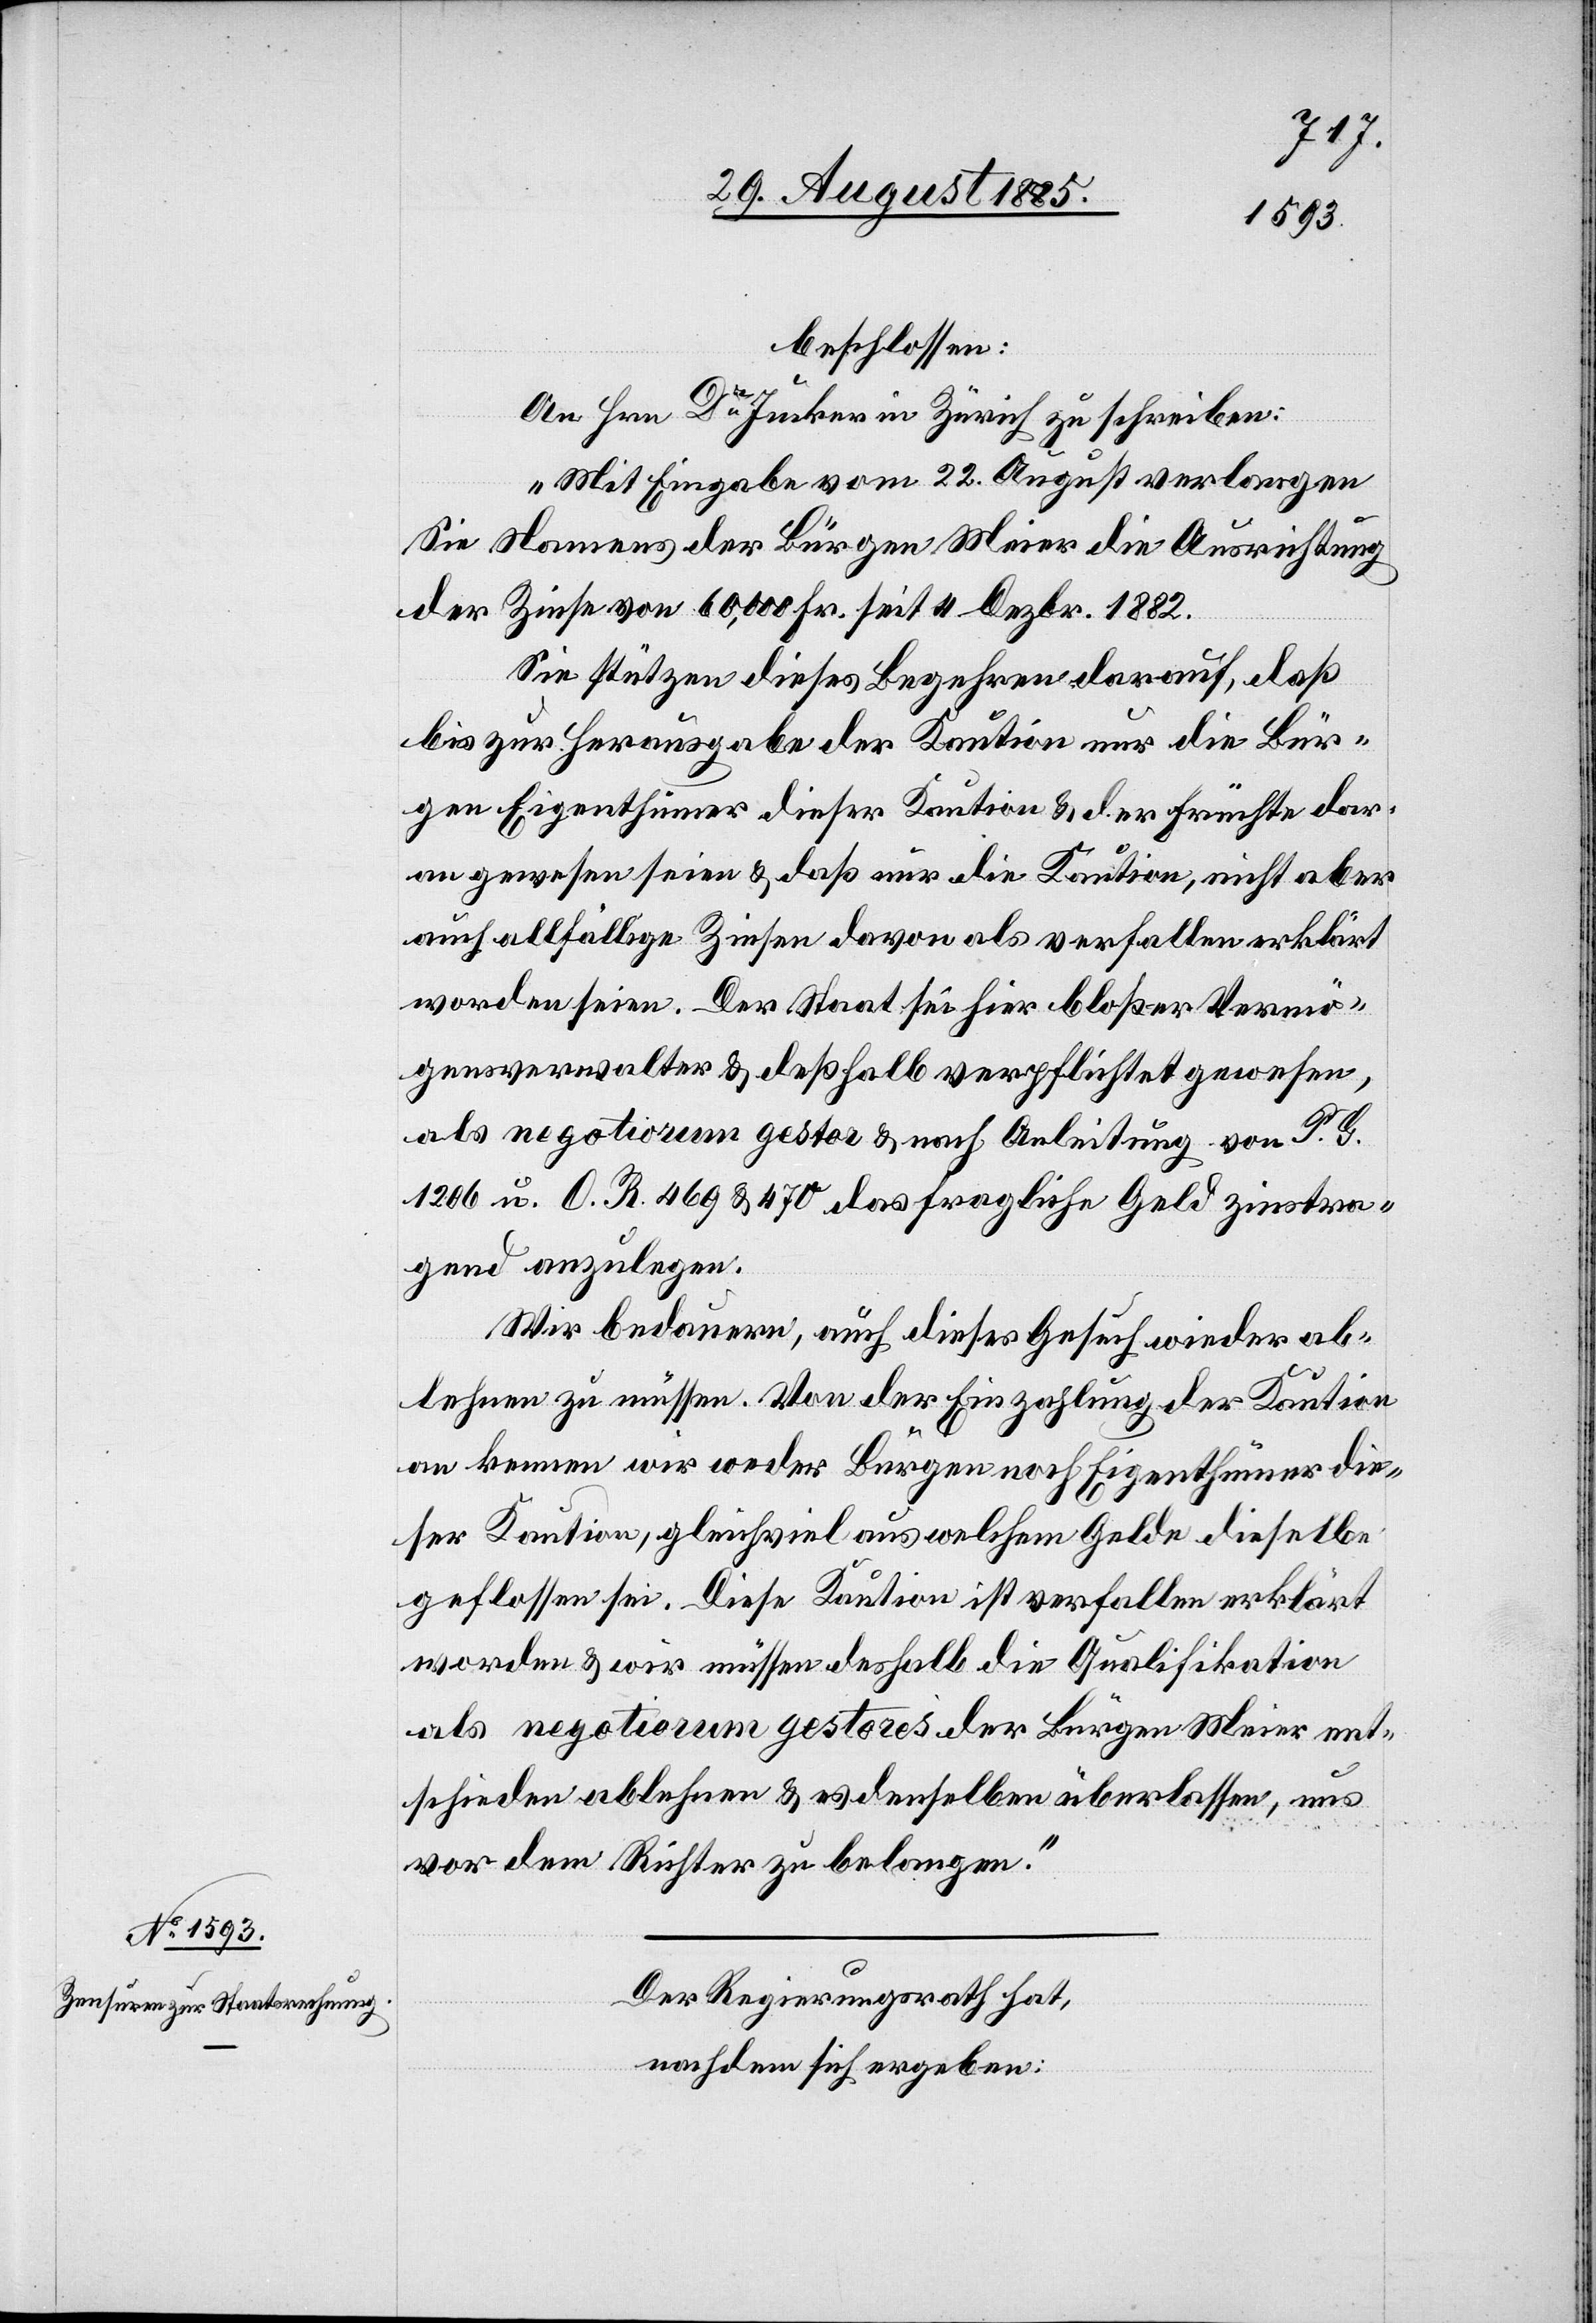
beschlossen:
An Hrn. Dr Jucker in Zürich zu schreiben:
„Mit Eingabe vom 22. August verlangen
Sie Namens der Bürgen Meier die Ausrichtung
der Zinse von 60,000 Fr. seit 4. Dezbr. 1882.
Sie stützen dieses Begehren darauf, daß
bis zur Herausgabe der Kaution nur die Bür¬
gen Eigenthümer dieser Kaution & der Früchte dar¬
an gewesen seien & daß nur die Kaution, nicht aber
auch allfällige Zinsen davon als verfallen erklärt
worden seien. Der Staat sei hier bloßer Vermö¬
gensverwalter & deßhalb verpflichtet gewesen,
als negotium gestor & nach Anleitung von P. G.
1206 u. O. R. 469 & 470 das fragliche Geld zinstra¬
gend anzulegen.
Wir bedauern, auch dieses Gesuch wieder ab¬
lehnen zu müssen. Von der Einzahlung der Kaution
an kennen wir weder Bürgen noch Eigenthümer die¬
ser Kaution, gleichviel aus welchem Gelde dieselbe
geflossen sei. Diese Kaution ist verfallen erklärt
worden & wir müssen deshalb die Qualifikation
als negotiorum gestores der Bürgen Meier ent¬
schieden ablehnen & es denselben überlassen, uns
vor dem Richter zu belangen.“
Der Regierungsrath hat,
nachdem sich ergeben: